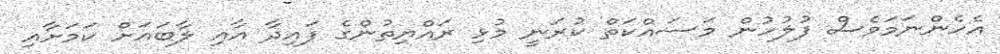
އެހެންނަމަވެސް ފުލުހުން މަސައްކަތް ކުރަނީ މުޅި ރައްޔިތުންގެ ފައިދާ އާއި ލާބައަށް ކަމަށާއި